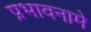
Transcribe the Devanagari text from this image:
प्रभावनामे